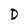
Character: D